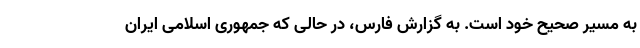
به مسیر صحیح خود است. به گزارش فارس، در حالی که جمهوری اسلامی ایران